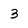
Character: 3